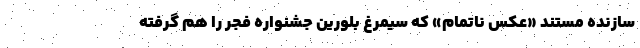
سازنده مستند «عکس ناتمام» که سیمرغ بلورین جشنواره فجر را هم گرفته